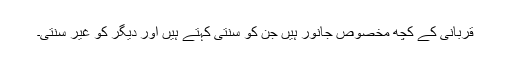
قربانی کے کچھ مخصوص جانور ہیں جن کو سنتی کہتے ہیں اور دیگر کو غیر سنتی۔